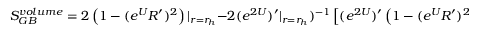
S _ { G B } ^ { v o l u m e } = 2 \left( 1 - ( e ^ { U } R ^ { \prime } ) ^ { 2 } \right) | _ { r = r _ { h } } - 2 ( e ^ { 2 U } ) ^ { \prime } | _ { r = r _ { h } } ) ^ { - 1 } \left[ ( e ^ { 2 U } ) ^ { \prime } \left( 1 - ( e ^ { U } R ^ { \prime } ) ^ { 2 } \right) \right] _ { r = r _ { 0 } } \ .